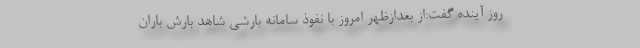
روز آینده گفت:از بعدازظهر امروز با نفوذ سامانه بارشی شاهد بارش باران